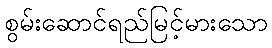
စွမ်းဆောင်ရည်မြင့်မားသော